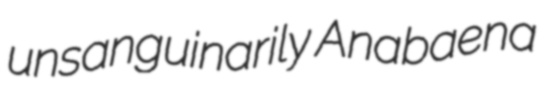
unsanguinarily Anabaena